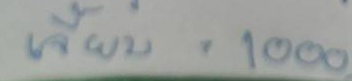
เจี๊ยบ = 1000